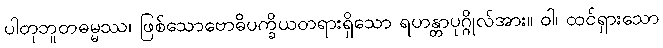
ပါတုဘူတဓမ္မဿ၊ ဖြစ်သောဗောဓိပက္ခိယတရားရှိသော ရဟန္တာပုဂ္ဂိုလ်အား။ ဝါ၊ ထင်ရှားသော